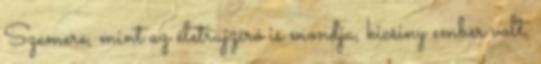
Szemere, mint az életrajzíró is mondja, kicsiny ember volt,